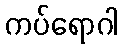
ကပ်ရောဂါ